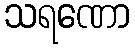
သရဏော